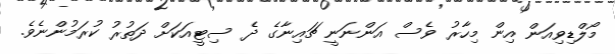
މޯލްޑިވިއަން އިން މިހާރު ވެސް އަންނަނީ ޗައިނާގެ ދެ ސިޓީއަކަށް ދަތުރު ކުރަމުންނެވެ.